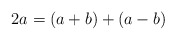
\begin{align*}2a = (a + b) + (a - b)\end{align*}